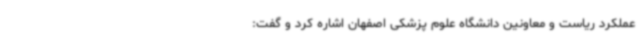
عملکرد ریاست و معاونین دانشگاه علوم پزشکی اصفهان اشاره کرد و گفت: